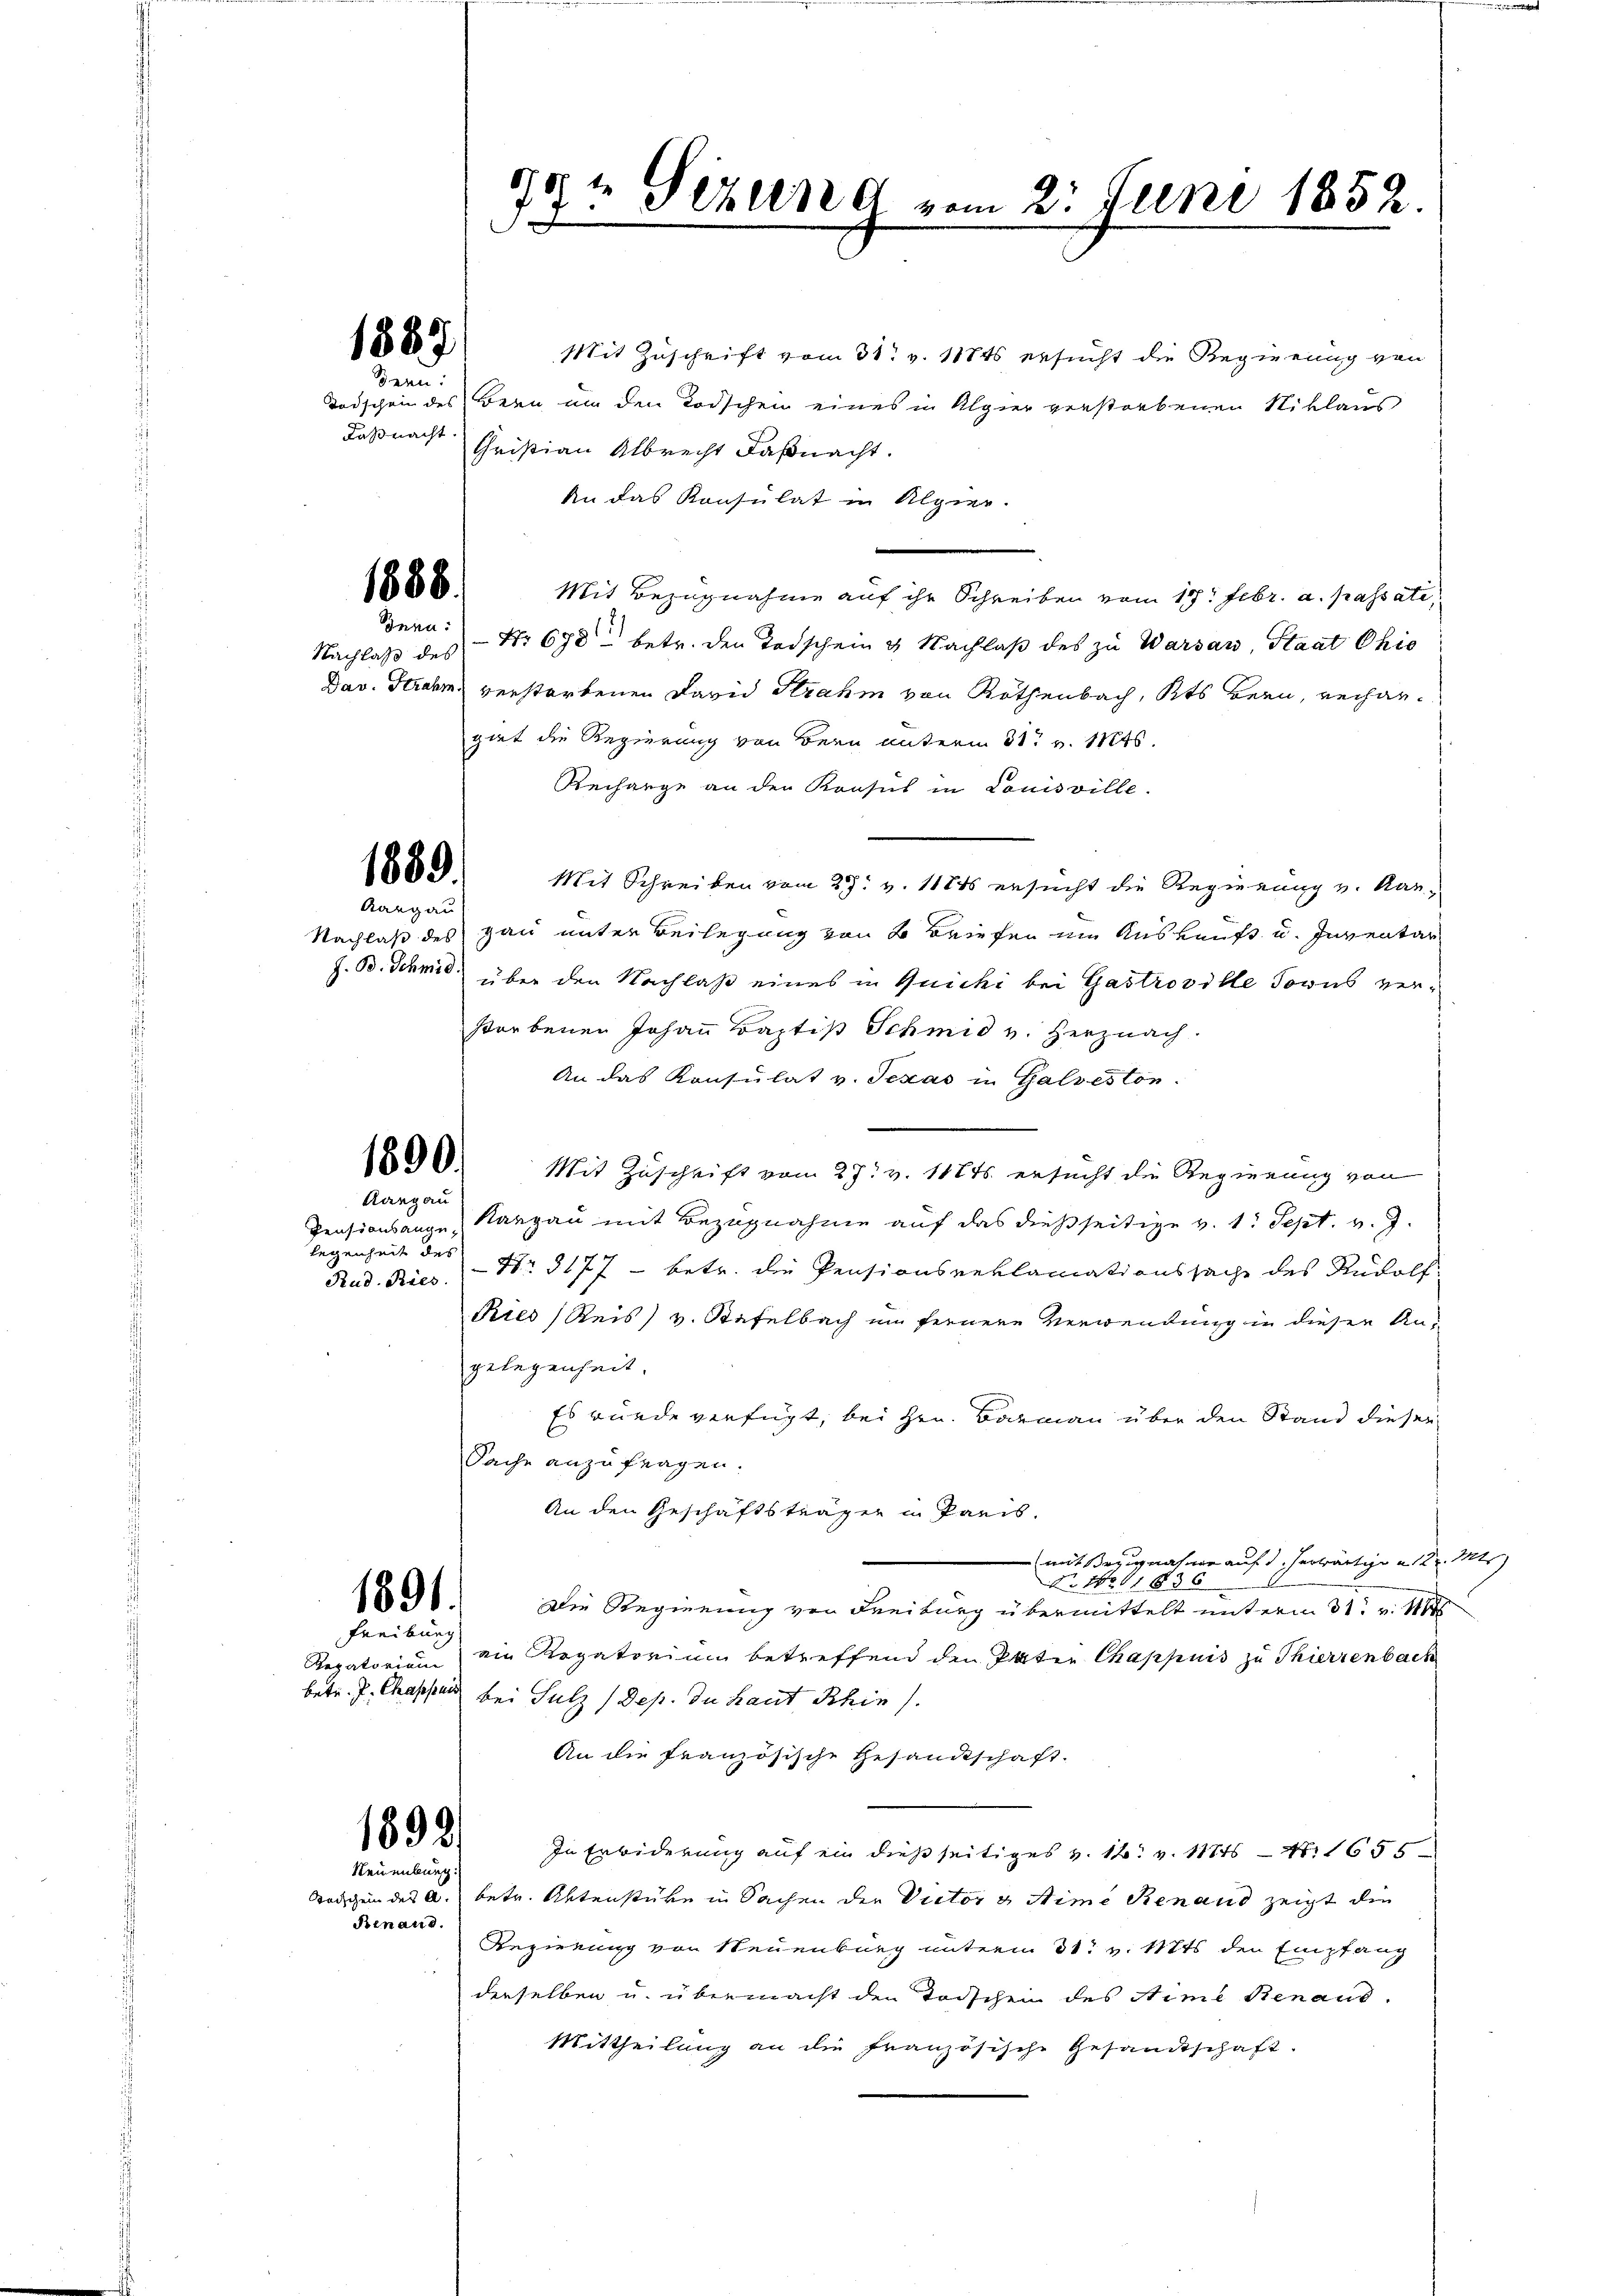
1887

Bern:
Kaßnacht.

1888.

Inna:
Nachlaß des

1889.

Aargau

Rargau
Pensionsange¬
Regenheit des

1891.

Freiburg

1892.
Neuenburg

Binaus.

Mit Zuschrift vom 31. v. 118ts ersucht die Regierung von
Todschen des Bern um den Todschen eines in Algier verstorbenen Niklaus
Christian Albrecht Faßnacht.
An das Konsulat in Algier.
Mit Bezugnahme auf ihr Schreiben vom 14t Febr. a. passati,
No 678 betr. den Todschein & Nachlaß des zu Warsau, Staat Chio
Dav. Strahm verstorbenen David Strahm von Rothenbach, Kts Bern, rechargiet die Regierung von Bern unterm 31. v. Mts.
Rechange an den Konsul in Louisville.
Mit Schreiben vom 28. v. 11845 ersucht die Regierung v. Kar¬
Nachlaß des Hau unter Beilegung von 2 Briefen im Auskauft u. Inventar
Z. B. Schmid über den Nachlaß eines in Quichi bei Gastroville Josus verstorbenen Johann Baptis Schmid v. Herznach.
An das Konsulat v. Schas in Galveston.
1890. Mit Zuschrift vom 27. v. 11845 ersucht die Regierung von
Kargau mit Bezugnahme auf das dießseitige v. 1. Sept. v. J.
Rud. Ries. - Nr. 3177 - betr. die Pensionsreklamationssache des Rudolf
Kies (Reis v. Stafelbach im fernere Verwendung in dieser Angelegenheit.
Es wurde verfügt, bei Hrn. Barmann über den Stand dieser
Sache anzufragen.
An den Geschäftsträger in Paris.
mit Bezugnahme auf d. herwärtige u. Kr. Mts.
 No 11836
Die Regierung von Freiburg übermittelt unterm 31. v. Mts
Rexatorium ein Regatorium betreffend den Patie Chappnis zu Thierzenbach
betr. J. Cassen bei Salz (Dep. zu Haut Schin).
An die französische Gesandtschaft.
In Erbiderung auf ein dießseitiges v. 12. v. 111 S. 1655
Bodischein des A. betr. Aktenstüke in Sachen der Victor 3 Stime Renand zeigt die
Regierung von Neuenburg unterm 31. v. Mts. den Empfang
derselben u. übermacht den Todschen des Aime Renaud.
Mittheilung an die Französische Gesandtschaft.

77
Serend vom 2. Juni 1852.